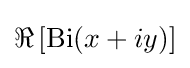
\Re \left[\operatorname {Bi} (x+iy)\right]